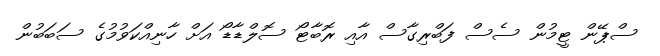
ސްޕޭން ޓީމުން ސެސް ފަބްރިގާސް އާއި ރޮބާޓޯ ސޮލްޑާޑޯ އަށް ހާނިއްކަވުމުގެ ސަބަބުން